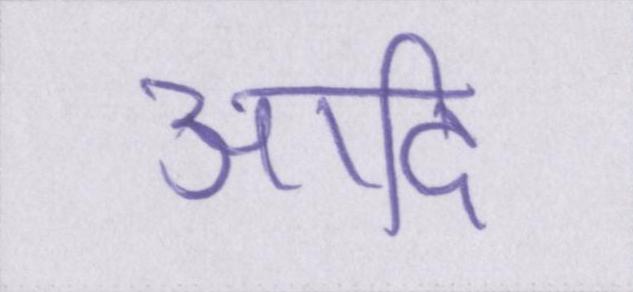
आदि